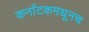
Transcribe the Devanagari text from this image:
कर्नाटकमधूनच